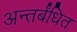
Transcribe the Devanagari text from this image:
अन्तर्बंधित